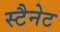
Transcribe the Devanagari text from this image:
स्टैनेट